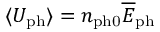
\langle U _ { \mathrm { p h } } \rangle = n _ { \mathrm { p h 0 } } \overline { E } _ { \mathrm { p h } }